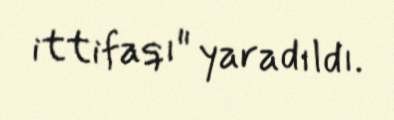
ittifaqı" yaradıldı.